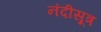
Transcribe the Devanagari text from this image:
नंदीसूत्र